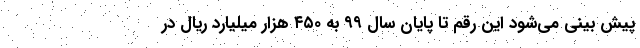
پیش بینی می‌شود این رقم تا پایان سال ۹۹ به ۴۵۰ هزار میلیارد ریال در